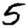
Digit: 5